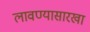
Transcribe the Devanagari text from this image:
लावण्यासारखा